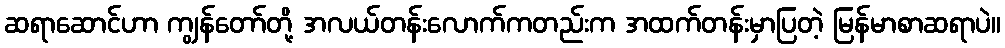
ဆရာဆောင်ဟာ ကျွန်တော်တို့ အလယ်တန်းလောက်ကတည်းက အထက်တန်းမှာပြတဲ့ မြန်မာစာဆရာပဲ။